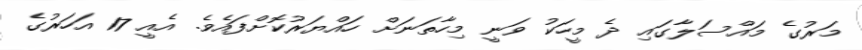
މަރުގެ މައްސަލާގައި ދެ މީހަކު ވަނީ މިހާތަނަށް ހައްޔަރުކޮށްފައެވެ. އެއީ 17 އަހަރުގެ